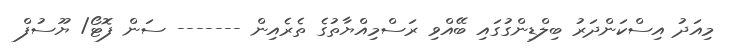
މިއަދު އިސްކަންދަރު ބިލްޑިންގުގައި ބޭއްވި ރަސްމިއްޔާތުގެ ތެރެއިން ------- ސަން ފޮޓޯ/ ޔޫސުފް